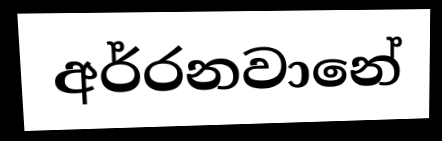
අර්රනවානේ